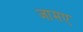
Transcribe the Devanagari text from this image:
जामए